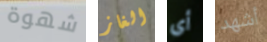
شهوة الغاز أي أشهد